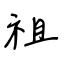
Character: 祖